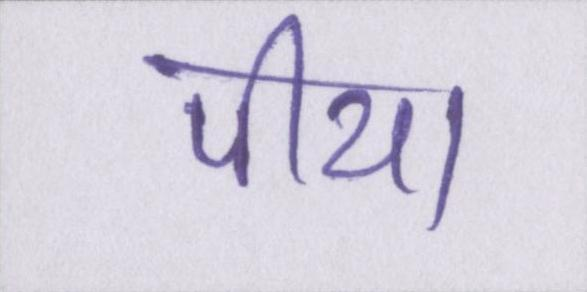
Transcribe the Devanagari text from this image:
पीया